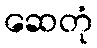
ဆေတုံ